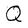
Character: Q